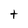
Character: t